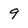
Character: 9